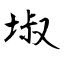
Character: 埱